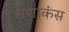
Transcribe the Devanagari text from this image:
राणाकंस